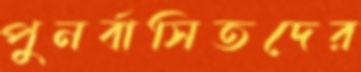
পুনর্বাসিতদের